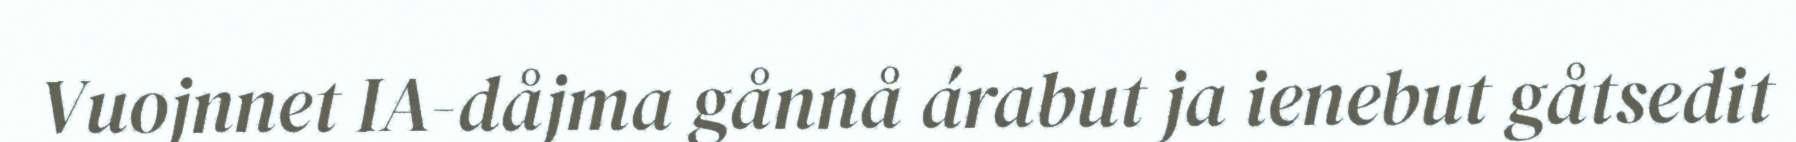
Vuojnnet IA-dåjma gånnå árabut ja ienebut gåtsedit